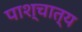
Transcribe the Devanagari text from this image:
पाश्‍चात्‍य